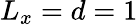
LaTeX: L_{x}=d=1